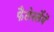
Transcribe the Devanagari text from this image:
फैलेर्स्लेबें